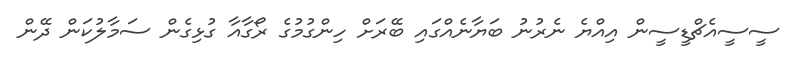
ސީސީއެޗްޑީސީން އިއްޔެ ނެރުނު ބަޔާނެއްގައި ބޭރަށް ހިންގުމުގެ ރޯގާއާ ގުޅިގެން ސަމާލުކަން ދޭން